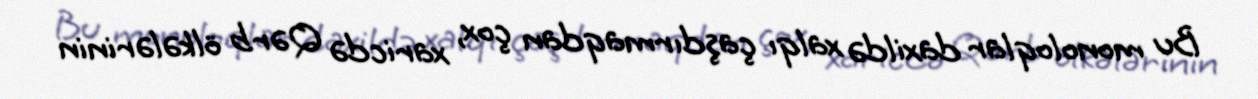
Bu monoloqlar daxildə xalqı çaşdırmaqdan çox, xaricdə Qərb ölkələrinin